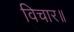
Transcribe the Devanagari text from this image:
विचार॥